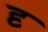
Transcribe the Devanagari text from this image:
दृ